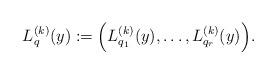
LaTeX: \begin{align*}L_q^{(k)}(y) := \Big( L_{q_1}^{(k)}(y), \ldots, L_{q_r}^{(k)}(y) \Big).\end{align*}